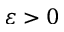
\varepsilon > 0